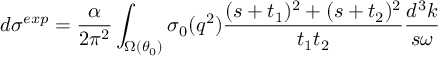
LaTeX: d \sigma ^ { e x p } = \frac { \alpha } { 2 \pi ^ { 2 } } \int _ { \Omega ( \theta _ { 0 } ) } ^ { } \sigma _ { 0 } ( q ^ { 2 } ) \frac { ( s + t _ { 1 } ) ^ { 2 } + ( s + t _ { 2 } ) ^ { 2 } } { t _ { 1 } t _ { 2 } } \frac { d ^ { 3 } k } { s \omega }